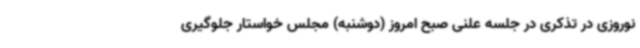
نوروزی در تذکری در جلسه علنی صبح امروز (دوشنبه) مجلس خواستار جلوگیری